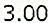
3.00